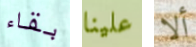
بقاء علينا ألا